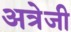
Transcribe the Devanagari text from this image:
अत्रेजी